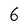
Character: 6